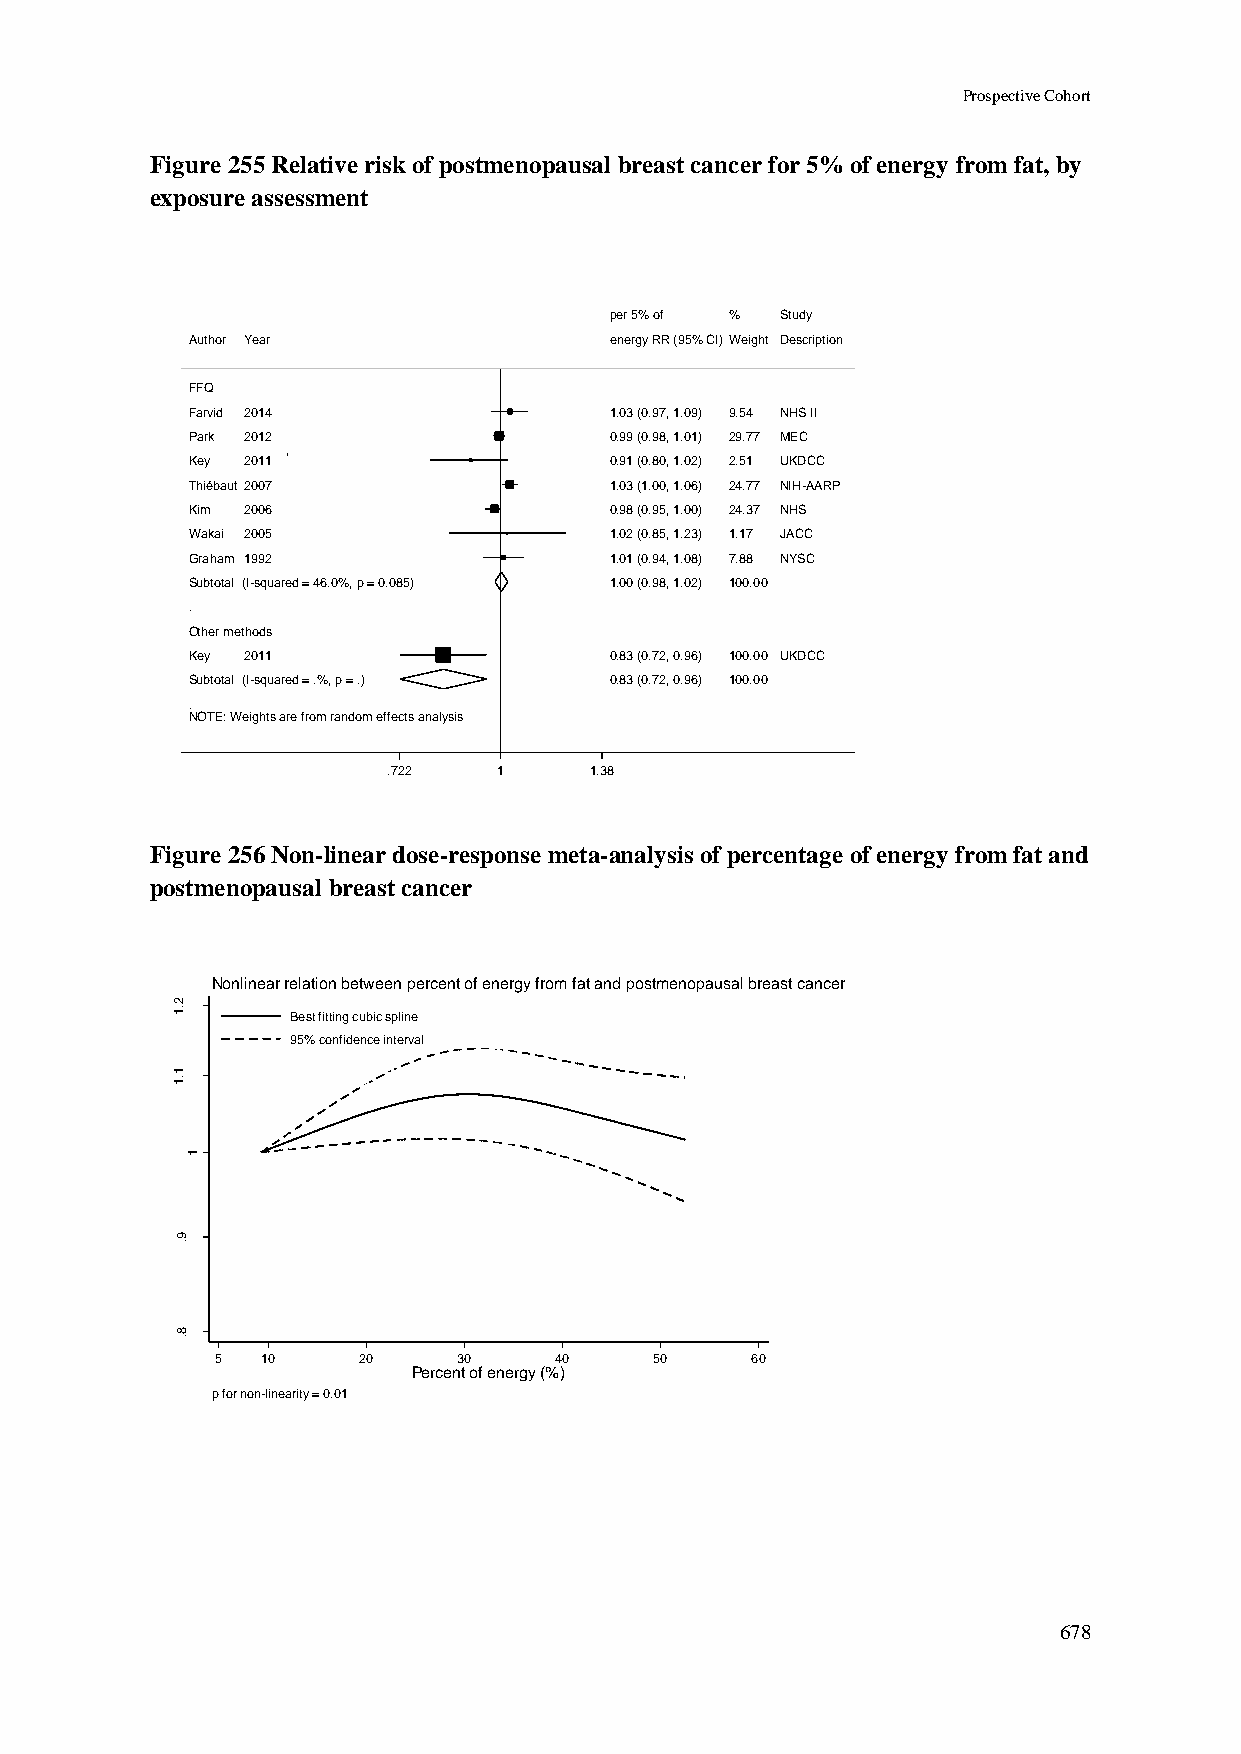
Prospective Cohort
 Figure 255 Relative risk of postmenopausal breast cancer for 5% of energy from fat, by
 exposure assessment
 ppeerr 55%% ooff %% Study
 Author Year                 eenneerrggyy RRRR ((9955%% CCII))WWeeiigghhtt Description
 FFQ
 Farvid 2014                 11..0033 ((00..9977,, 11..0099)) 99..5544 NHS II
 Park 2012                   00..9999 ((00..9988,, 11..0011)) 2299..7777 MEC
 Key 2011                    00..9911 ((00..8800,, 11..0022)) 22..5511 UKDCC
 Thiébaut2007                11..0033 ((11..0000,, 11..0066)) 2244..7777 NIH-AARP
 Kim 2006                    00..9988 ((00..9955,, 11..0000)) 2244..3377 NHS
 Wakai 2005                  11..0022 ((00..8855,, 11..2233)) 11..1177 JACC
 Graham 1992                 11..0011 ((00..9944,, 11..0088)) 77..8888 NYSC
 Subtotal (I-squared = 46.0%, p = 0.085) 11..0000 ((00..9988,, 11..0022)) 110000..0000
 .
 Other methods
 Key 2011                    00..8833 ((00..7722,, 00..9966)) 110000..0000 UKDCC
 Subtotal (I-squared = .%, p = .) 00..8833 ((00..7722,, 00..9966)) 110000..0000
 .
 NOTE: Weights are from random effects analysis
 .722   11    1.38
 Figure 256 Non-linear dose-response meta-analysis of percentage of energy from fat and
 postmenopausal breast cancer
 Nonlinear relation between percent of energy from fat and postmenopausal breast cancer
 2
 .1
 Best fitting cubic spline
 95% confidence interval
 1
 .1
 R
 R
 d        1
 e
 ta
 m
 its
 E
 9
 .
 8
 .
 5  10     20    30     40    50     60
 Percent of energy (%)
 p for non-linearity = 0.01
 678